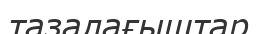
тазалағыштар